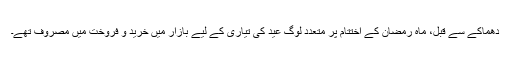
دھماکے سے قبل، ماہ رمضان کے اختتام پر متعدد لوگ عید کی تیاری کے لیے بازار میں خرید و فروخت میں مصروف تھے۔